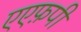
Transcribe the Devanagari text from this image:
एएफ़पी